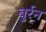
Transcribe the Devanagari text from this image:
बुर्रन